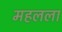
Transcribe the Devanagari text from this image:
महलला